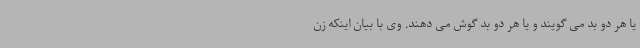
یا هر دو بد می گویند و یا هر دو بد گوش می دهند. وی با بیان اینکه زن